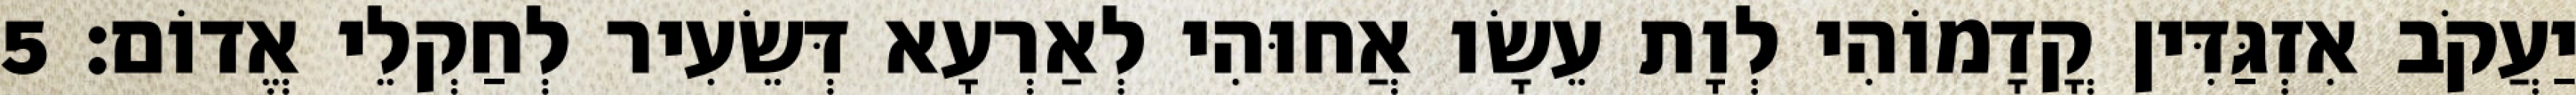
יַעֲקֹב אִזְגַּדִּין קֳדָמוֹהִי לְוָת עֵשָׂו אֲחוּהִי לְאַרְעָא דְּשֵׂעִיר לְחַקְלֵי אֱדוֹם׃ 5